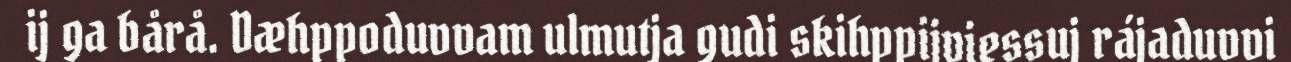
ij ga bårå. Dæhppoduvvam ulmutja gudi skihppijviessuj rájaduvvi